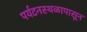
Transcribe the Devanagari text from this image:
पर्यटनस्थळापासून